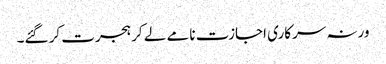
ورنہ سرکاری اجازت نامے لے کر ہجرت کر گئے۔